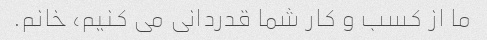
ما از کسب و کار شما قدردانی می کنیم، خانم.